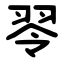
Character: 䎆